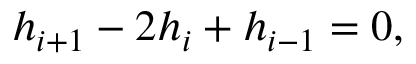
{ h _ { i + 1 } } - 2 { h _ { i } } + { h _ { i - 1 } } = 0 ,